Problem: 2 × 3 = ?
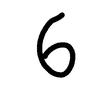
Handwritten answer: 6